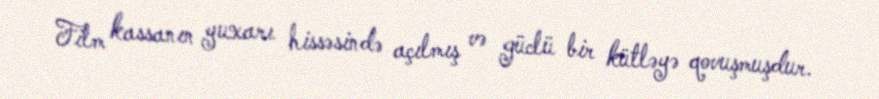
Film kassanın yuxarı hissəsində açılmış və güclü bir kütləyə qovuşmuşdur.